Report on sanitation, dispensaries, and jails in Rajputana for 1912, and on vaccination for the year 1912-1913 - 1912-1913
Year: 1912
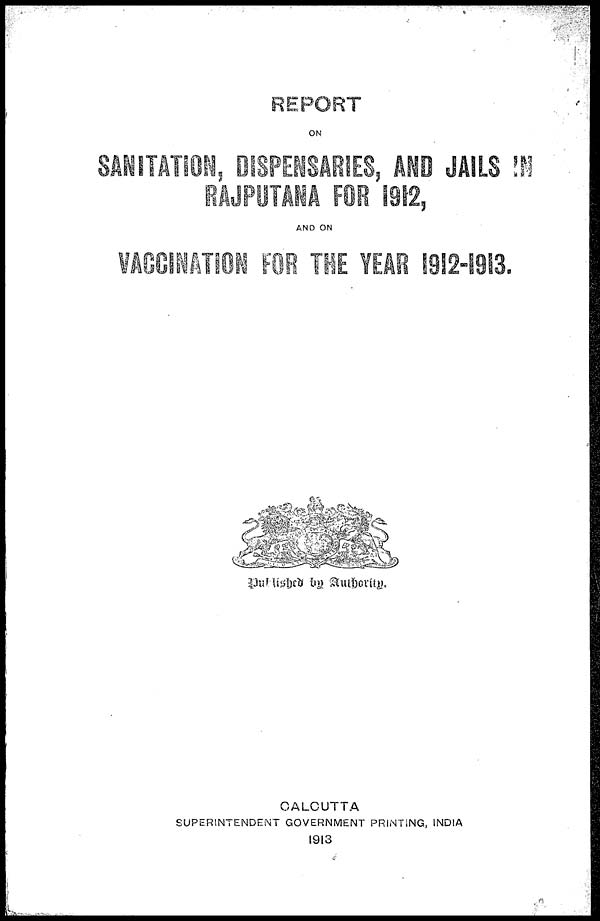
REPORT
ON
SANITATION, DISPENSARIES, AND JAILS IN
RAJPUTANA FOR 1912,
AND ON
VACCINATION FOR THE YEAR 1912-1913.
Published by Authority.
CALCUTTA
SUPERINTENDENT GOVERNMENT PRINTING, INDIA
1913